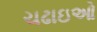
ચઢાઇઓ